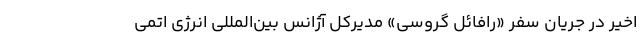
اخیر در جریان سفر «رافائل گروسی» مدیرکل آژانس بین‌المللی انرژی اتمی